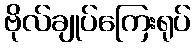
ဗိုလ်ချုပ်ကြေးရုပ်